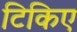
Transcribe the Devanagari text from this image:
टिकिए